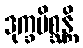
ဒုက္ခမိစ္ဆန္တိ